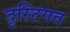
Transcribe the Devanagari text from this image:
दृस्टिगत